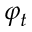
\varphi _ { t }